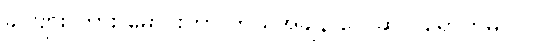
ခင်ဗျား ကား မောင်းတာ ဘယ်အချိန် လေဆိပ် ရောက်မလဲ။